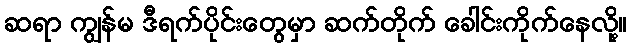
ဆရာ ကျွန်မ ဒီရက်ပိုင်းတွေမှာ ဆက်တိုက် ခေါင်းကိုက်နေလို့။